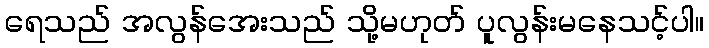
ရေသည် အလွန်အေးသည် သို့မဟုတ် ပူလွန်းမနေသင့်ပါ။